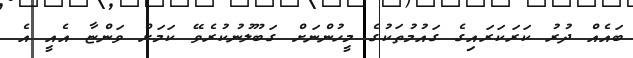
ބައެއް ދުރު ކަރަކަރައިގެ ގައުމުތަކުގެ މީހުންނަށް ގަބޫލުނުކުރެވޭ ކަމަށް ވަންޏާ އެއީ އެ